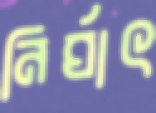
নির্ঘাৎ